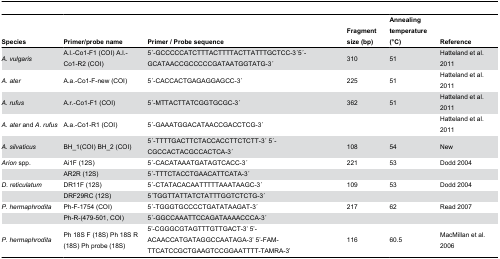
<table><thead><tr><td><b>Species</b></td><td><b>Primer/probe name</b></td><td><b>Primer / Probe sequence</b></td><td><b>Fragment size (bp)</b></td><td><b>Annealing temperature (°C)</b></td><td><b>Reference</b></td></tr></thead><tbody><tr><td><i>A. vulgaris</i></td><td>A.l.-Co1-F1 (COI) A.l.-Co1-R2 (COI)</td><td>5 ́-GCCCCCATCTTTACTTTTACTTATTTGCTCC-3 ́5 ́-GCATAACCGCCCCCGATAATGGTATG-3 ́</td><td>310</td><td>51</td><td>Hatteland et al. 2011</td></tr><tr><td><i>A. ater</i></td><td>A.a.-Co1-F-new (COI)</td><td>5 ́-CACCACTGAGAGGAGCC-3 ́</td><td>225</td><td>51</td><td>Hatteland et al. 2011</td></tr><tr><td><i>A. rufus</i></td><td>A.r.-Co1-F1 (COI)</td><td>5 ́-MTTACTTATCGGTGCGC-3 ́</td><td>362</td><td>51</td><td>Hatteland et al. 2011</td></tr><tr><td><i>A. ater</i> and <i>A. rufus</i></td><td>A.a.-Co1-R1 (COI)</td><td>5 ́-GAAATGGACATAACCGACCTCG-3 ́</td><td></td><td></td><td>Hatteland et al. 2011</td></tr><tr><td><i>A. silvaticus</i></td><td>BH_1(COI) BH_2 (COI)</td><td>5 ́-TTTTGACTTCTACCACCTTCTCTT-3 ́5 ́-CGCCACTACGCCACTCA-3 ́</td><td>108</td><td>54</td><td>New</td></tr><tr><td><i>Arion</i> spp.</td><td>Ai1F (12S)</td><td>5 ́-CACATAAATGATAGTCACC-3 ́</td><td>221</td><td>53</td><td>Dodd 2004</td></tr><tr><td></td><td>AR2R (12S)</td><td>5 ́-TTTCTACCTGAACATTCATA-3 ́</td><td></td><td></td><td></td></tr><tr><td><i>D. reticulatum</i></td><td>DR11F (12S)</td><td>5 ́-CTATACACAATTTTTAAATAAGC-3 ́</td><td>109</td><td>53</td><td>Dodd 2004</td></tr><tr><td></td><td>DRF29RC (12S)</td><td>5 ́TGGTTATTATCTATTTGGTCTCTG-3 ́</td><td></td><td></td><td></td></tr><tr><td><i>P. hermaphrodita</i></td><td>Ph-F-1754 (COI)</td><td>5 ́-TGGGTGCCCCTGATATAAGAT-3 ́</td><td>217</td><td>62</td><td>Read 2007</td></tr><tr><td></td><td>Ph-R-(479-501, COI)</td><td>5 ́-GGCCAAATTCCAGATAAAACCCA-3 ́</td><td></td><td></td><td></td></tr><tr><td><i>P. hermaphrodita</i></td><td>Ph 18S F (18S) Ph 18S R (18S) Ph probe (18S) </td><td>5’-CGGGCGTAGTTTGTTGACT-3’5’-ACAACCATGATAGGCCAATAGA-3’ 5’-FAM-TTCATCCGCTGAAGTCCGGAATTTT-TAMRA-3’</td><td> 116</td><td> 60.5</td><td> MacMillan et al. 2006</td></tr></tbody></table>